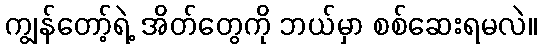
ကျွန်တော့်ရဲ့ အိတ်တွေကို ဘယ်မှာ စစ်ဆေးရမလဲ။